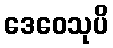
ဒေဝေသုပိ